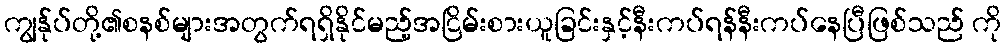
ကျွန်ုပ်တို့၏စနစ်များအတွက်ရရှိနိုင်မည့်အငြိမ်းစားယူခြင်းနှင့်နီးကပ်ရန်နီးကပ်နေပြီဖြစ်သည် ကို